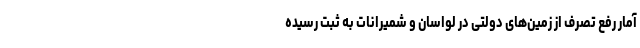
آمار رفع تصرف از زمین‌های دولتی در لواسان و شمیرانات به ثبت رسیده